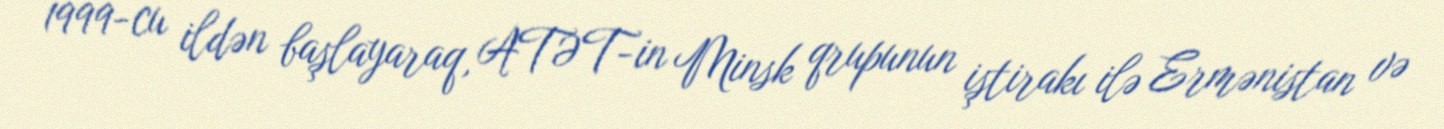
1999-cu ildən başlayaraq, ATƏT-in Minsk qrupunun iştirakı ilə Ermənistan və